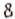
8